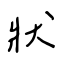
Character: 狀